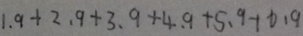
1 . 9 + 2 . 9 + 3 . 9 + 4 . 9 + 5 . 9 + 6 . 9